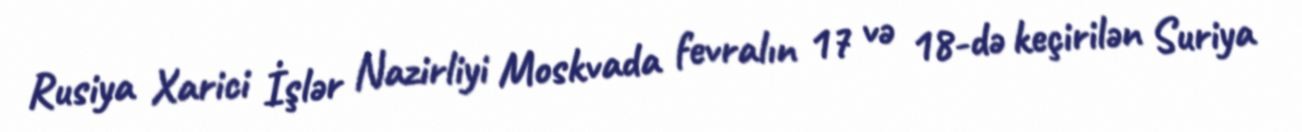
Rusiya Xarici İşlər Nazirliyi Moskvada fevralın 17 və 18-də keçirilən Suriya